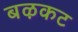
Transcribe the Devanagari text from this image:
बऴकट